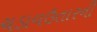
ચડાવઉતારની